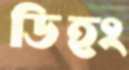
ডিহং